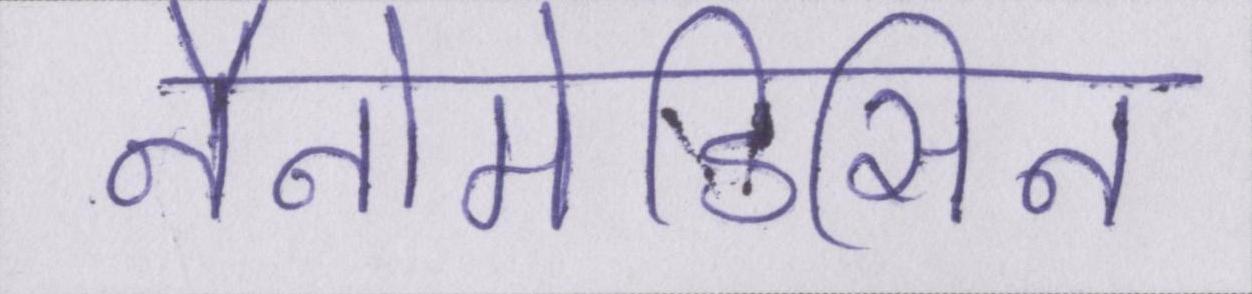
नैनोमेडिसिन